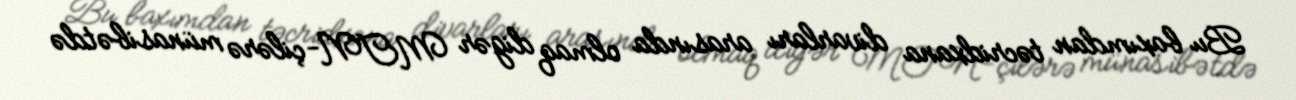
Bu baxımdan təcridxana divarları arasında olmaq digər MTN-çilərə münasibətdə